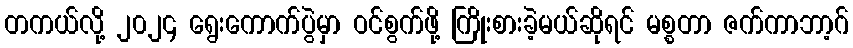
တကယ်လို့ ၂၀၂၄ ရွေးကောက်ပွဲမှာ ဝင်စွက်ဖို့ ကြိုးစားခဲ့မယ်ဆိုရင် မစ္စတာ ဇက်ကာဘာ့ဂ်